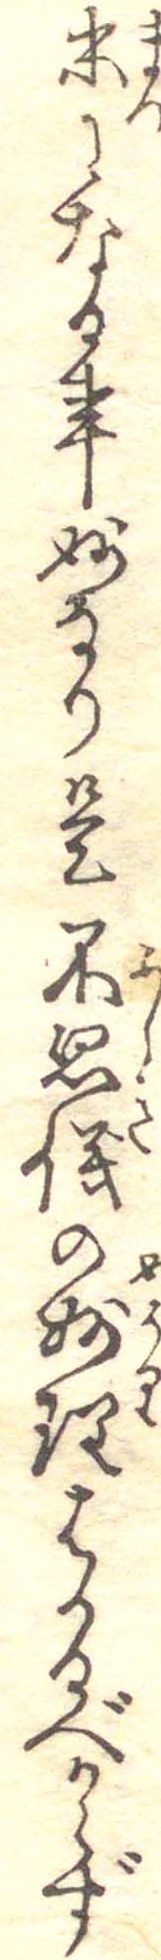
末になる事妙なり是不思儀の妙理はかるべからず